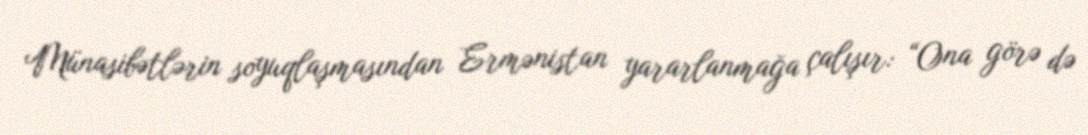
Münasibətlərin soyuqlaşmasından Ermənistan yararlanmağa çalışır: “Ona görə də